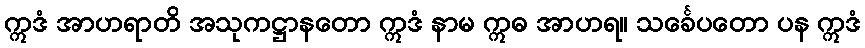
ဣဒံ အာဟရာတိ အသုကဋ္ဌာနတော ဣဒံ နာမ ဣဓ အာဟရ။ သင်္ခေပတော ပန ဣဒံ